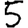
Digit: 5